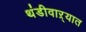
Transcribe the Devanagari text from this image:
थंडीवाऱ्यात